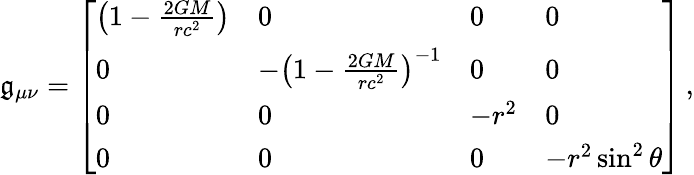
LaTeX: \mathfrak{g}_{\mu\nu}={\left[\begin{array}{llll}{\left(1-{\frac{2GM}{rc^{2}}}\right)}&{0}&{0}&{0}\\ {0}&{-\left(1-{\frac{2GM}{rc^{2}}}\right)^{-1}}&{0}&{0}\\ {0}&{0}&{-r^{2}}&{0}\\ {0}&{0}&{0}&{-r^{2}\sin^{2}\theta}\end{array}\right]}\, ,